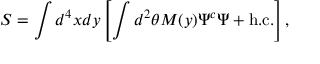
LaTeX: S = \int d ^ { 4 } x d y \left[ \int d ^ { 2 } \theta M ( y ) \Psi ^ { c } \Psi + \mathrm { h . c . } \right] ,